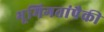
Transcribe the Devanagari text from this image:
भूमिगतांपैकी